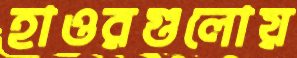
হাওরগুলোয়